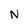
Character: N